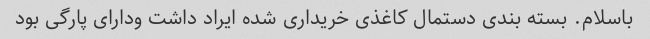
باسلام. بسته بندی دستمال کاغذی خریداری شده ایراد داشت ودارای پارگی بود